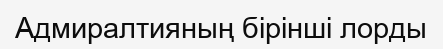
Адмиралтияның бірінші лорды